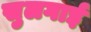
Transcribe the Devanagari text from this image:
सुलगाई